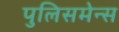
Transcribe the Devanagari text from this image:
पुलिसमेन्स